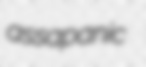
assapanic